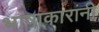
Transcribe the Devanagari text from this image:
भाषाकारांनी